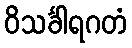
ဝိသင်္ခါရဂတံ